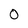
Character: 0